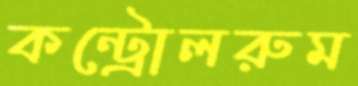
কন্ট্রোলরুম